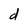
Character: d